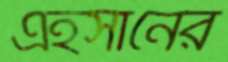
এহসানের